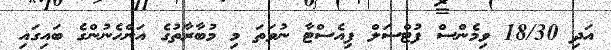
އަދި 18/30 ވިމެންްސް ފުޓްސަލް ފިއެސްޓާ ނުވަތަ މި މުބާރާތުގެ އަންހެނުންގެ ބައިގައި